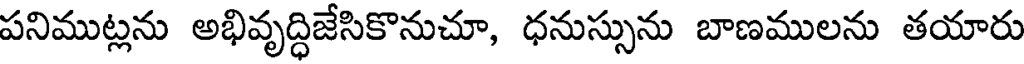
పనిముట్లను అభివృద్ధిజేసికొనుచూ, ధనుస్సును బాణములను తయారు